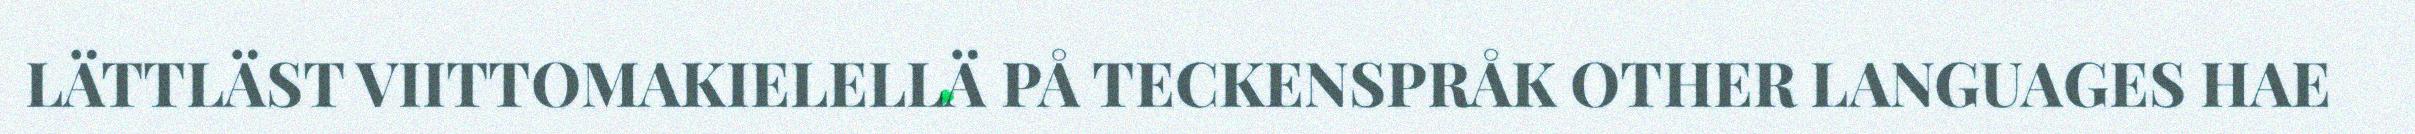
LÄTTLÄST VIITTOMAKIELELLÄ PÅ TECKENSPRÅK OTHER LANGUAGES HAE